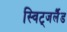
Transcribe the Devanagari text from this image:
स्विट्जर्लैंड